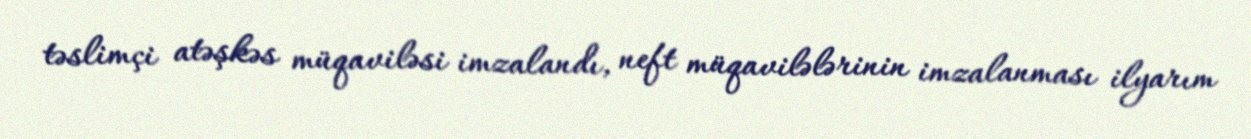
təslimçi atəşkəs müqaviləsi imzalandı, neft müqavilələrinin imzalanması ilyarım